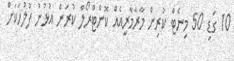
10 ގަޑި 50 މިނެޓް ކުރިން މާރާމާރީއެއް ކޮންޓްރޯލް ކުރަން އުޅުނު ފުލުހަކަށް